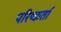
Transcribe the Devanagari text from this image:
परिष्कर्ता